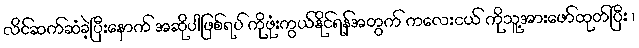
လိင်ဆက်ဆံခဲ့ပြီးနောက် အဆိုပါဖြစ်ရပ် ကိုဖုံးကွယ်နိုင်ရန်အတွက် ကလေးငယ် ကိုသူ့အားဖော်ထုတ်ပြီး ၊